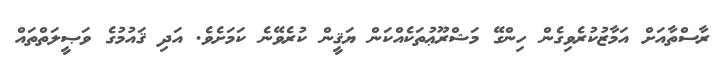
ރާސްތާއަށް އަމާޒުކުރެވިގެން ހިންގޭ މަޝްރޫޢުތަކެއްކަން ޔަޤީން ކުރެވޭނެ ކަމަށެވެ. އަދި ޤައުމުގެ ވަޞީލަތްތައް